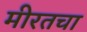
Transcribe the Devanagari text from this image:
मीरतचा